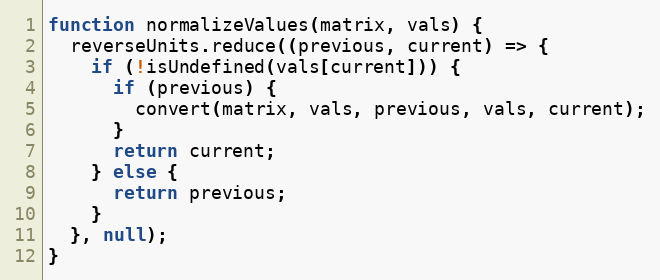
Language: JavaScript
function normalizeValues(matrix, vals) {
  reverseUnits.reduce((previous, current) => {
    if (!isUndefined(vals[current])) {
      if (previous) {
        convert(matrix, vals, previous, vals, current);
      }
      return current;
    } else {
      return previous;
    }
  }, null);
}